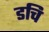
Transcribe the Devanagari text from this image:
डचि